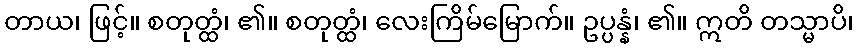
တာယ၊ ဖြင့်။ စတုတ္ထံ၊ ၏။ စတုတ္ထံ၊ လေးကြိမ်မြောက်။ ဥပ္ပန္နံ၊ ၏။ ဣတိ တသ္မာပိ၊